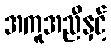
အကူအညီနှင့်